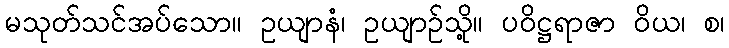
မသုတ်သင်အပ်သော။ ဥယျာနံ၊ ဥယျာဉ်သို့။ ပဝိဋ္ဌရာဇာ ဝိယ၊ စ၊